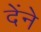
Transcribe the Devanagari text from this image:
देंने